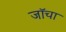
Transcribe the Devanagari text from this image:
जॉचा